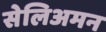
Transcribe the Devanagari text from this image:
सेलिअमन